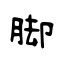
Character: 脚